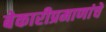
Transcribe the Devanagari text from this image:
बेकारीप्रमाणांचे